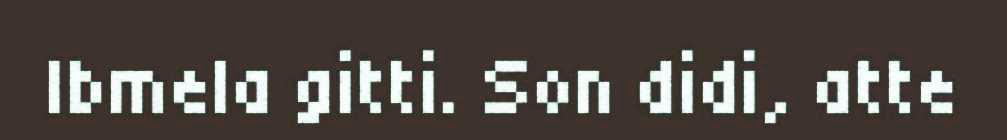
Ibmela gitti. Son didi, atte